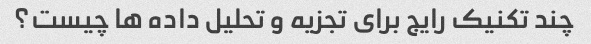
چند تکنیک رایج برای تجزیه و تحلیل داده ها چیست؟